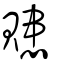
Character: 贃